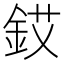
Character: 銰